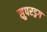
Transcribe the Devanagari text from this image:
सुपरड्रग